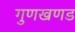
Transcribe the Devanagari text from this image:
गुणखणड